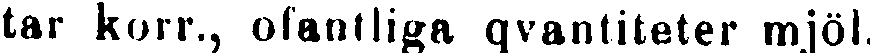
tar korr., ofantliga qvantiteter mjöl,